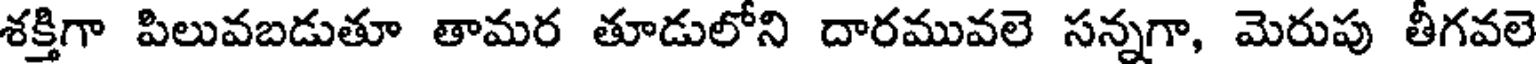
శక్తిగా పిలువబడుతూ తామర తూడులోని దారమువలె సన్నగా, మెరుపు తీగవలె